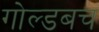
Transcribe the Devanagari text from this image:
गोल्डबच